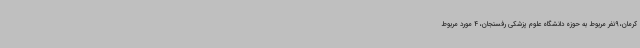
کرمان، 9نفر مربوط به حوزه دانشگاه علوم پزشکی رفسنجان، 4 مورد مربوط